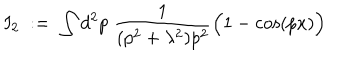
I _ { 2 } \; : = \; \int d ^ { 2 } p \; \frac { 1 } { ( p ^ { 2 } + \lambda ^ { 2 } ) p ^ { 2 } } \Big ( 1 - \cos ( p x ) \Big )